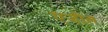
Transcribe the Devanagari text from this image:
एजील